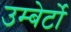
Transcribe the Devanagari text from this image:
उम्बेर्टो